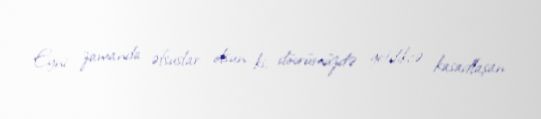
Eyni zamanda əfsuslar olsun ki, dövrümüzdə getdikcə kasadlaşan